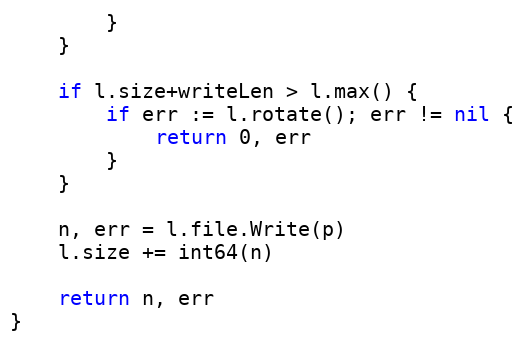
Language: Go
		}
	}

	if l.size+writeLen > l.max() {
		if err := l.rotate(); err != nil {
			return 0, err
		}
	}

	n, err = l.file.Write(p)
	l.size += int64(n)

	return n, err
}